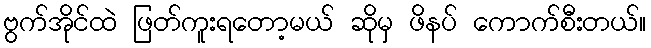
ဗွက်အိုင်ထဲ ဖြတ်ကူးရတော့မယ် ဆိုမှ ဖိနပ် ကောက်စီးတယ်။